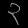
Digit: ၃